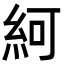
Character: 䋍